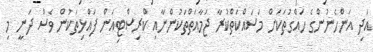
އަދި އަންހެނުންގެ ހައްގުތަކަށް މަސައްކަތްކުރާ ޖަމާއަތްތަކުންނާއި ކްރިސްޓިއަން ފައްޅިތަކުން ވެސް ދަނީ މި